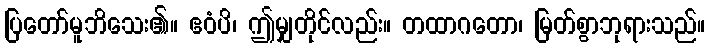
ပြတော်မူဘိသေး၏။ ဧဝံပိ၊ ဤမျှတိုင်လည်း။ တထာဂတော၊ မြတ်စွာဘုရားသည်။